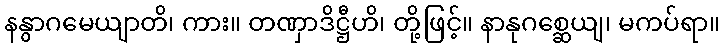
နနွာဂမေယျာတိ၊ ကား။ တဏှာဒိဋ္ဌီဟိ၊ တို့ဖြင့်။ နာနုဂစ္ဆေယျ၊ မကပ်ရာ။